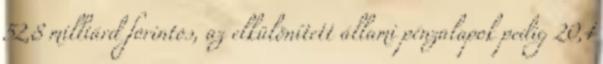
52,8 milliárd forintos, az elkülönített állami pénzalapok pedig 20,1